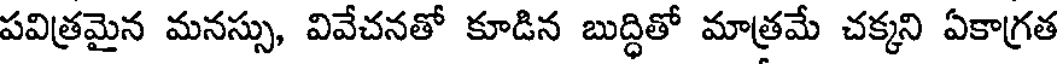
పవిత్రమైన మనస్సు, వివేచనతో కూడిన బుద్ధితో మాత్రమే చక్కని ఏకాగ్రత